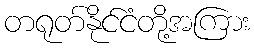
တရုတ်နိုင်ငံတို့အကြား